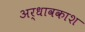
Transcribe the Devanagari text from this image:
अर्धावकाश